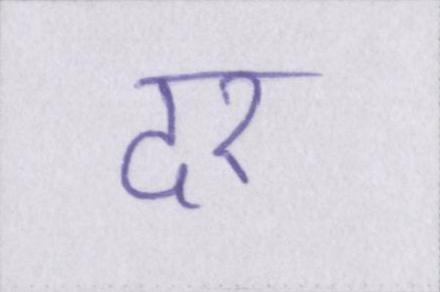
दर